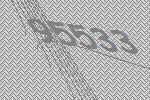
95533